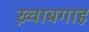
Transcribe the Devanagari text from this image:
ख़्वाबगाह